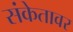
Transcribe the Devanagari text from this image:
संकेतावर